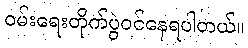
ဝမ်းရေးတိုက်ပွဲဝင်နေရပါတယ်။